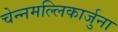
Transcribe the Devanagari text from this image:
चेन्नमल्लिकार्जुना